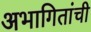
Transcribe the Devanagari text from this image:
अभागितांची